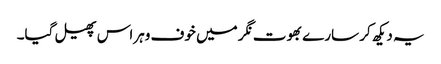
یہ دیکھ کر سارے بھوت نگر میں خوف وہراس پھیل گیا۔